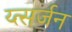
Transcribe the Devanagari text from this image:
य्त्सर्जन